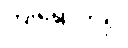
ကျရောက်၍